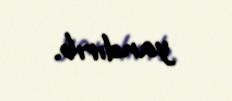
yandırıb.